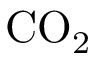
\mathrm { C O _ { 2 } }